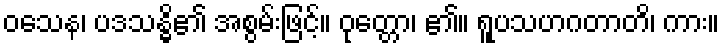
ဝသေန၊ ပဒသန္ဓိ၏ အစွမ်းဖြင့်။ ဝုတ္တော၊ ၏။ ရူပသဟဂတာတိ၊ ကား။